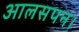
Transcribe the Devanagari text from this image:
आलसपन।